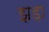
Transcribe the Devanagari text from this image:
झड़ा